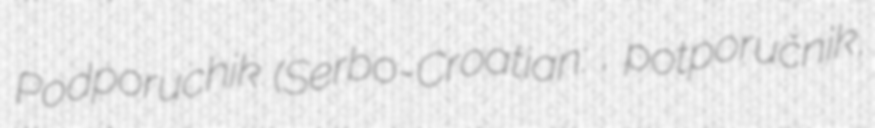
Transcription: Podporuchik (Serbo-Croatian: потпоручник, potporučnik,